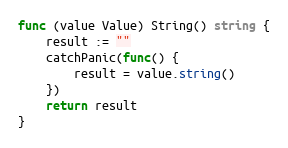
Language: Go
func (value Value) String() string {
	result := ""
	catchPanic(func() {
		result = value.string()
	})
	return result
}